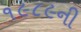
૧૯૮૯ની